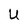
Character: U